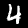
Label: 4